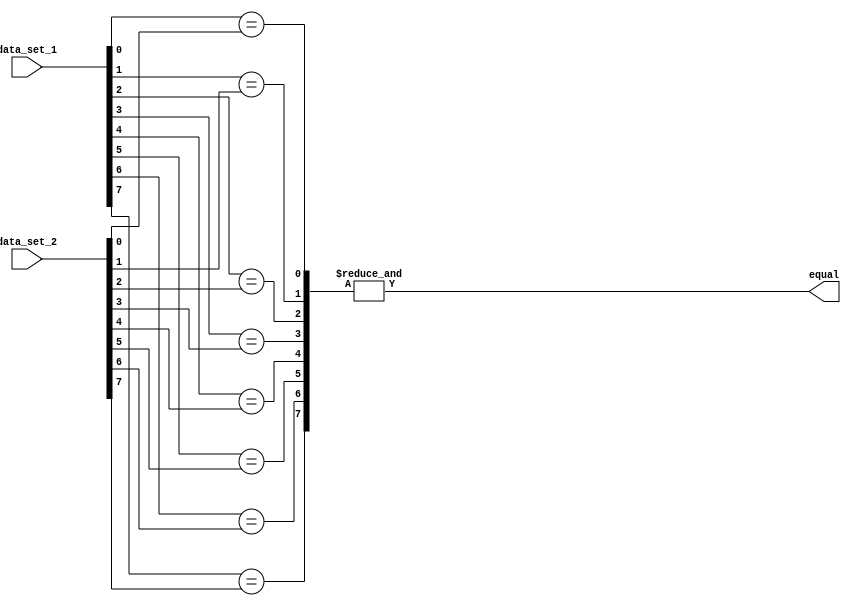
module parallel_comparator (
    input [7:0] data_set_1,
    input [7:0] data_set_2,
    output equal
);

wire [7:0] compare_result;
assign equal = &compare_result;

genvar i;
generate
    for (i = 0; i < 8; i = i + 1) begin : comparator_block
        wire equal_bit;
        assign equal_bit = (data_set_1[i] == data_set_2[i]);
        assign compare_result[i] = equal_bit;
    end
endgenerate

endmodule